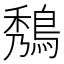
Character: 𪁮